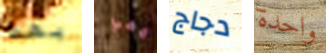
بهذا معي دجاج واحدة